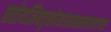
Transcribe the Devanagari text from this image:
ततोयज्ञियवृक्षोत्थांशाखामादायवाग्यतः